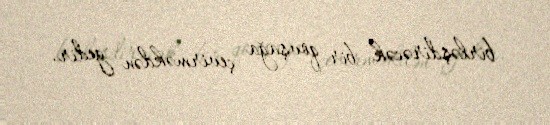
birləşdirəcək bir qovşağa çevirməkdən gedir.